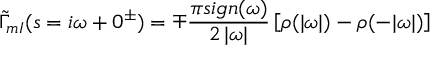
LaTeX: \tilde { \Gamma } _ { m I } ( s = i \omega + 0 ^ { \pm } ) = \mp \frac { \pi s i g n ( \omega ) } { 2 \, | \omega | } \left[ \rho ( | \omega | ) - \rho ( - | \omega | ) \right]